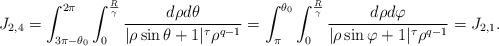
LaTeX: \begin{align*}J_{2,4}=\int_{3\pi -\theta_{0}}^{2\pi}\int_{0}^{\frac{R}{\gamma}}\frac{d\rho d\theta}{|\rho \sin\theta+1|^{\tau}\rho^{q-1}}= \int_{\pi}^{\theta_{0}}\int_{0}^{\frac{R}{\gamma}}\frac{d\rho d\varphi}{|\rho \sin\varphi+1|^{\tau}\rho^{q-1}}=J_{2,1}.\end{align*}